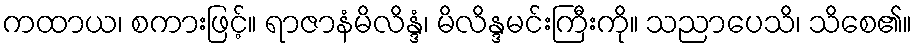
ကထာယ၊ စကားဖြင့်။ ရာဇာနံမိလိန္ဒံ၊ မိလိန္ဒမင်းကြီးကို။ သညာပေသိ၊ သိစေ၏။